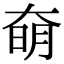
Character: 奛